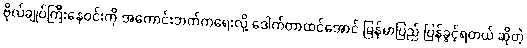
ဗိုလ်ချုပ်ကြီးနေဝင်းကို အကောင်းဘက်ကရေးလို့ ဒေါက်တာထင်အောင် မြန်မာပြည် ပြန်ခွင့်ရတယ် ဆိုတဲ့